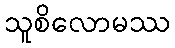
သူစိလောမဿ